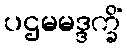
ပဌမမဒ္ဒက္ခိံ